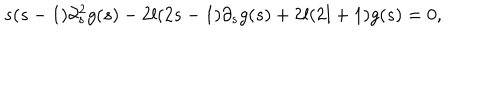
LaTeX: s ( s - 1 ) \partial _ { s } ^ { 2 } g ( s ) - 2 l ( 2 s - 1 ) \partial _ { s } g ( s ) + 2 l ( 2 l + 1 ) g ( s ) = 0 ,